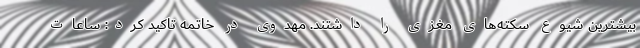
بیشترین شیوع سکته‌های مغزی را داشتند. مهدوی در خاتمه تاکید کرد: ساعات